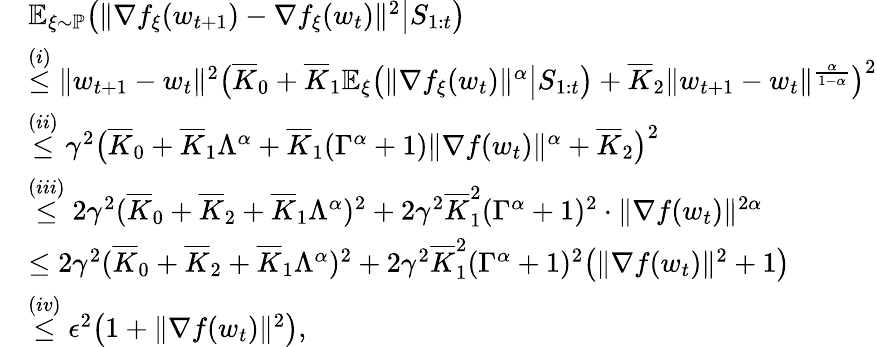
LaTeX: \begin{array}{rl}&{\mathbb{E}_{\xi\sim\mathbb{P}}\big(\| \nabla f_{\xi}({w_{t+1}})-\nabla f_{\xi}(w_{t})\| ^{2}\big|S_{1:t}\big)}\\ &{\overset{(i)}{\le}\| w_{t+1}-w_{t}\| ^{2}\big(\overline{{K}}_{0}+\overline{{K}}_{1}\mathbb{E}_{\xi}\big(\| \nabla f_{\xi}(w_{t})\| ^{\alpha}\big|S_{1:t}\big)+\overline{{K}}_{2}\| w_{t+1}-w_{t}\| ^{\frac{\alpha}{1-\alpha}}\big)^{2}}\\ &{\overset{(ii)}{\le}\gamma^{2}\big(\overline{{K}}_{0}+\overline{{K}}_{1}\Lambda^{\alpha}+\overline{{K}}_{1}(\Gamma^{\alpha}+1)\| \nabla f(w_{t})\| ^{\alpha}+\overline{{K}}_{2}\big)^{2}}\\ &{\overset{(iii)}{\le}2\gamma^{2}(\overline{{K}}_{0}+\overline{{K}}_{2}+\overline{{K}}_{1}\Lambda^{\alpha})^{2}+2\gamma^{2}\overline{{K}}_{1}^{2}(\Gamma^{\alpha}+1)^{2}\cdot\| \nabla f(w_{t})\| ^{2\alpha}}\\ &{\le 2\gamma^{2}(\overline{{K}}_{0}+\overline{{K}}_{2}+\overline{{K}}_{1}\Lambda^{\alpha})^{2}+2\gamma^{2}\overline{{K}}_{1}^{2}(\Gamma^{\alpha}+1)^{2}\big(\| \nabla f(w_{t})\| ^{2}+1\big)}\\ &{\overset{(iv)}{\le}\epsilon^{2}\big(1+\| \nabla f(w_{t})\| ^{2}\big),}\end{array}